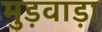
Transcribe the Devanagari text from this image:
मुड़वाड़ा